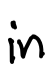
Text: in
Cross-out: clean
Writing tool: digital_black